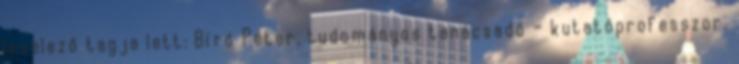
levelező tagja lett: Bíró Péter, tudományos tanácsadó – kutatóprofesszor,